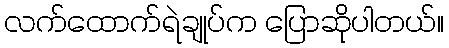
လက်ထောက်ရဲချုပ်က ပြောဆိုပါတယ်။